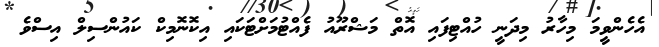
އެހެންވީމަ މިހާރު މިދަނީ ހުއްޓިފައި އޮތް މަޝްރޫއު ފެއްޓުމަށްޓަކައި އިކޮނޮމިކް ކައުންސިލް އިސްވެ